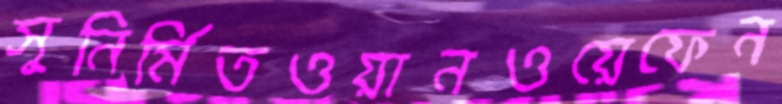
সুনির্মিতওয়ানওয়েফেন